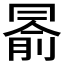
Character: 𠕦